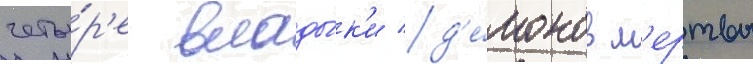
четы́р'е влады́к'и д'е́монов м'ертвы